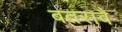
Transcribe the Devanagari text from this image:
बतरावै